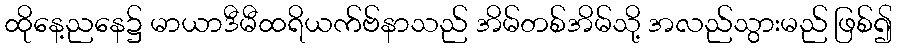
ထိုနေ့ညနေ၌ မာယာဒီမီထရိယက်ဗ်နာသည် အိမ်တစ်အိမ်သို့ အလည်သွားမည် ဖြစ်၍